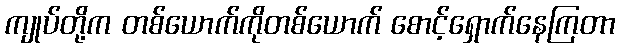
ကျုပ်တို့က တစ်ယောက်ကိုတစ်ယောက် စောင့်ရှောက်နေကြတာ